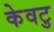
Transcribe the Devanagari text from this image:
केवटु